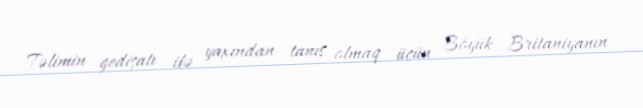
Təlimin gedişatı ilə yaxından tanış olmaq üçün Böyük Britaniyanın